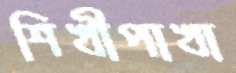
শিখীপাখা